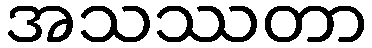
အသဿတာ